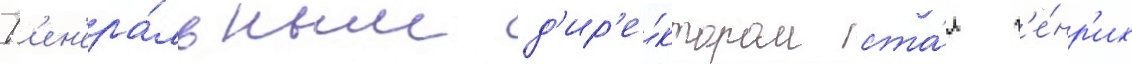
Г'ен'ера́льным д'ир'е́ктором ста́л г'е́нр'их